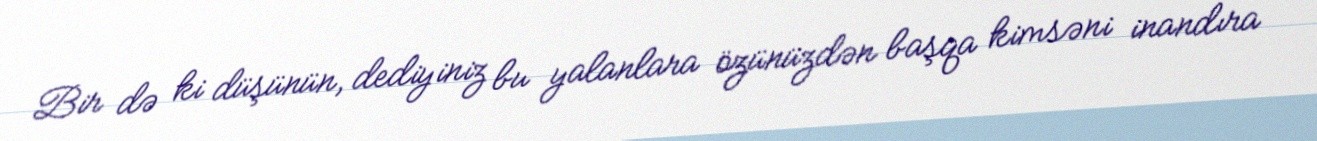
Bir də ki düşünün, dediyiniz bu yalanlara özünüzdən başqa kimsəni inandıra